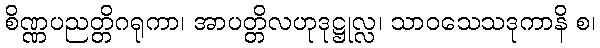
စိဏ္ဏပညတ္တိဂရုကာ၊ အာပတ္တိလဟုဒုဋ္ဌုလ္လ၊ သာဝသေသဒုကာနိ စ၊